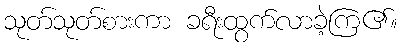
သုတ်သုတ်စားကာ ခရီးထွက်လာခဲ့ကြ၏။